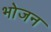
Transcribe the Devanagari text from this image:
भाेजन